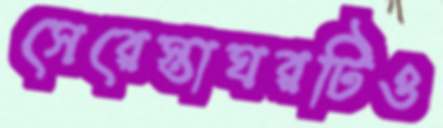
সেরেস্তাঘরটিও